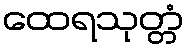
ထေရသုတ္တံ